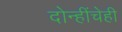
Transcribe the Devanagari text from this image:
दोन्हींचेही